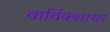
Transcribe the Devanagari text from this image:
वार्विक्शायर